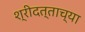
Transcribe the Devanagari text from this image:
श्रीदत्ताच्या